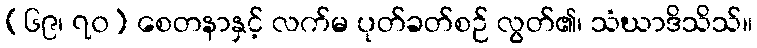
(၆၉၊ ၇၀) စေတနာနှင့် လက်မ ပုတ်ခတ်စဉ် လွတ်၏၊ သံဃာဒိသိသ်။